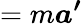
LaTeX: =m{\boldsymbol{a^{\prime}}}